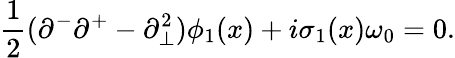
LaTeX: {\frac{1}{2}}(\partial^{-}\partial^{+}-\partial_{\bot}^{2})\phi_{1}(x)+i\sigma_{1}(x)\omega_{0}=0.